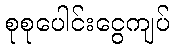
စုစုပေါင်းငွေကျပ်